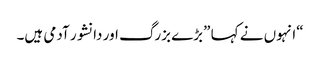
“انہوں نے کہا ”بڑے بزرگ اور دانشور آدمی ہیں۔